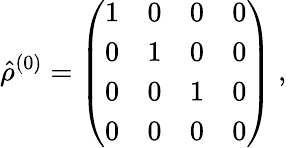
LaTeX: \hat{\rho}^{(0)}=\left(\begin{array}{llll}{1}&{0}&{0}&{0}\\ {0}&{1}&{0}&{0}\\ {0}&{0}&{1}&{0}\\ {0}&{0}&{0}&{0}\end{array}\right)\mathrm{~,~}